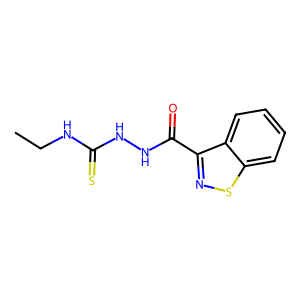
SMILES: CCNC(=S)NNC(=O)c1nsc2ccccc12
Inhibits HIV replication: No